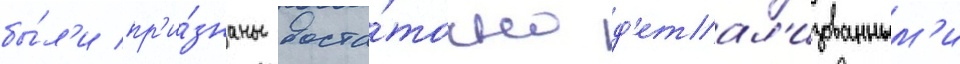
бы́л'и пр'и́знаны доста́точно д'етал'изованным'и